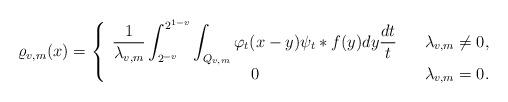
LaTeX: \begin{align*}\varrho _{v,m}(x)=\left\{\begin{array}{ccc}\displaystyle{\frac{1}{\lambda_{v,m}}\int_{2^{-v}}^{2^{1-v}}\int_{Q_{v,m}}\varphi _{t}(x-y)\psi_{t}\ast f(y)dy\frac{dt}{t}} & & \lambda _{v,m}\neq 0,\\0 & & \lambda _{v,m}=0.\end{array}\right. \end{align*}